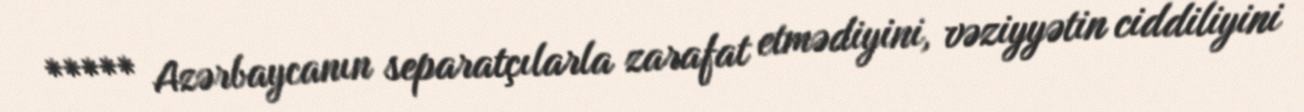
***** Azərbaycanın separatçılarla zarafat etmədiyini, vəziyyətin ciddiliyini